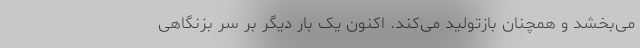
می‌بخشد و همچنان بازتولید می‌کند. اکنون یک بار دیگر بر سر بزنگاهی